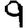
Digit: 9